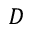
D